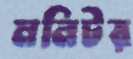
মনিটর